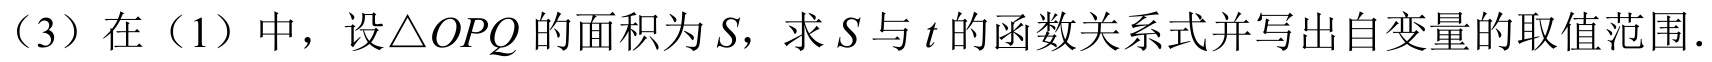
（3）在（1）中，设\(\triangle OPQ\)的面积为\(S\)，求\(S\)与\(t\)的函数关系式并写出自变量的取值范围.